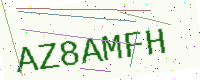
Text: AZ8AMFH